Leaving Certificate Examination (including Day School Certificate (Higher) General paper), 1933
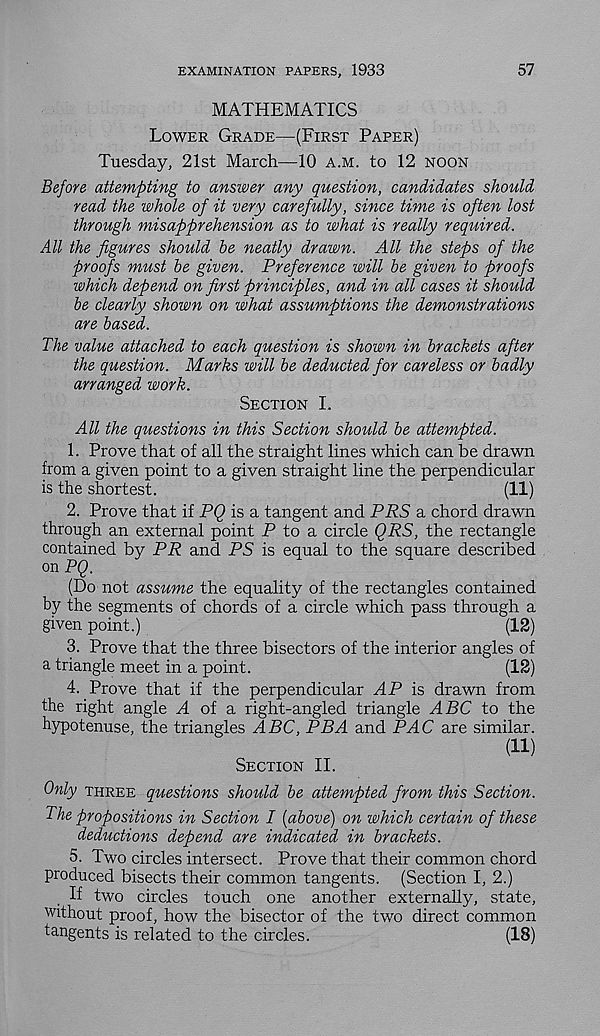
EXAMINATION PAPERS, 1933
57
MATHEMATICS
Lower Grade—(First Paper)
Tuesday, 21st March—10 a.m. to 12 noon
Before attempting to answer any question, candidates should
read the whole of it very carefully, since time is often lost
through misapprehension as to what is really required.
All the figures should be neatly drawn. All the steps of the
proofs must be given. Preference will be given to proofs
which depend on first principles, and in all cases it should
be clearly shown on what assumptions the demonstrations
are based.
The value attached to each question is shown in brackets after
the question. Marks will be deducted for careless or badly
arranged work.
Section I.
All the questions in this Section should be attempted.
1. Prove that of all the straight lines which can be drawn
from a given point to a given straight line the perpendicular
is the shortest.
(11)
2. Prove that if PQ is a tangent and PRS a chord drawn
through an external point P to a circle QRS, the rectangle
contained by PR and PS is equal to the square described
on PQ.
(Do not assume the equality of the rectangles contained
by the segments of chords of a circle which pass through a
given point.)
(12)
3. Prove that the three bisectors of the interior angles of
a triangle meet in a point.
(12)
4. Prove that if the perpendicular AP is drawn from
the right angle A of a right-angled triangle ABC to the
hypotenuse, the triangles ABC, PBA and PAC are similar.
(11)
Section II.
Only three questions should be attempted from this Section.
The propositions in Section I {above) on which certain of these
deductions depend are indicated in brackets.
5. Two circles intersect. Prove that their common chord
produced bisects their common tangents. (Section I, 2.)
If two circles touch one another externally, state,
without proof, how the bisector of the two direct common
tangents is related to the circles.
(18)